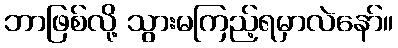
ဘာဖြစ်လို့ သွားမကြည့်ရမှာလဲနော်။